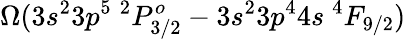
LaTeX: \Omega(3s^{2}3p^{5}~^{2}P_{3/2}^{o}-3s^{2}3p^{4}4s~^{4}F_{9/2})